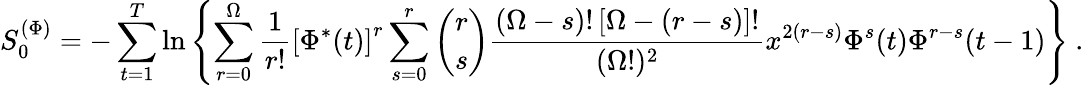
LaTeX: S_{0}^{(\Phi)}=-\sum_{t=1}^{T}\ln\left\{ \sum_{r=0}^{\Omega}\frac{1}{r!}\left[\Phi^{*}(t)\right]^{r}\sum_{s=0}^{r}{\binom{r}{s}}\frac{(\Omega-s)!\left[\Omega-(r-s)\right]!}{(\Omega!)^{2}}x^{2(r-s)}\Phi^{s}(t)\Phi^{r-s}(t-1)\right\} \ .